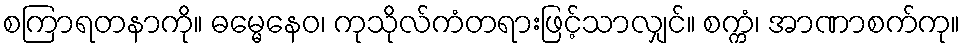
စကြာရတနာကို။ ဓမ္မေနေဝ၊ ကုသိုလ်ကံတရားဖြင့်သာလျှင်။ စက္ကံ၊ အာဏာစက်ကု။